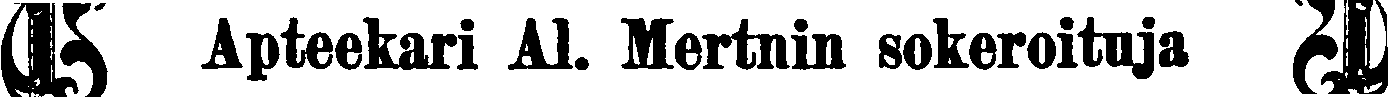
# Apteekari Al. Mertnin sokeroituja #